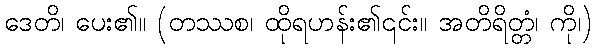
ဒေတိ၊ ပေး၏။ (တဿစ၊ ထိုရဟန်း၏၎င်း။ အတိရိတ္တံ၊ ကို၊)